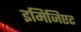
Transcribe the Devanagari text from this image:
इमिजिएट